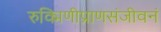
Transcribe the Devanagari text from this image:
रुक्मिणीप्राणसंजीवनं